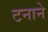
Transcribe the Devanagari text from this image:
टनाने